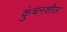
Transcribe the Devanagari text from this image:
कुंचनशील